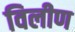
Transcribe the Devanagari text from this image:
विलीण